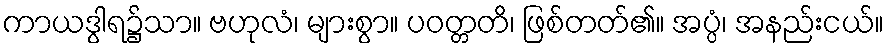
ကာယဒွါရ၌သာ။ ဗဟုလံ၊ များစွာ။ ပဝတ္တတိ၊ ဖြစ်တတ်၏။ အပ္ပံ၊ အနည်းငယ်။